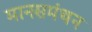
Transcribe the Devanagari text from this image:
मानसमंथन